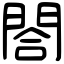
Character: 閤